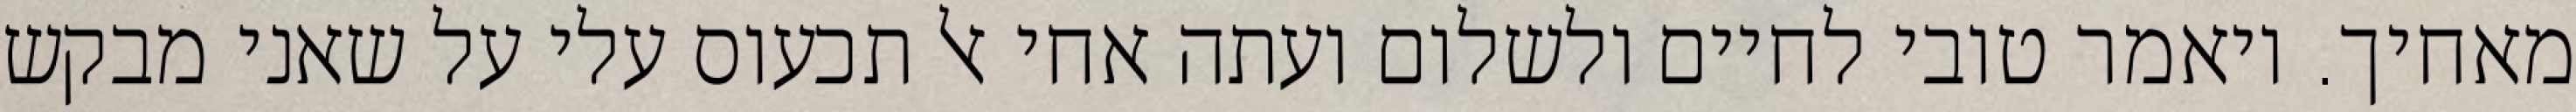
מאחיך. ויאמר טובי לחיים ולשלום ועתה אחי אל תכעוס עלי על שאני מבקש